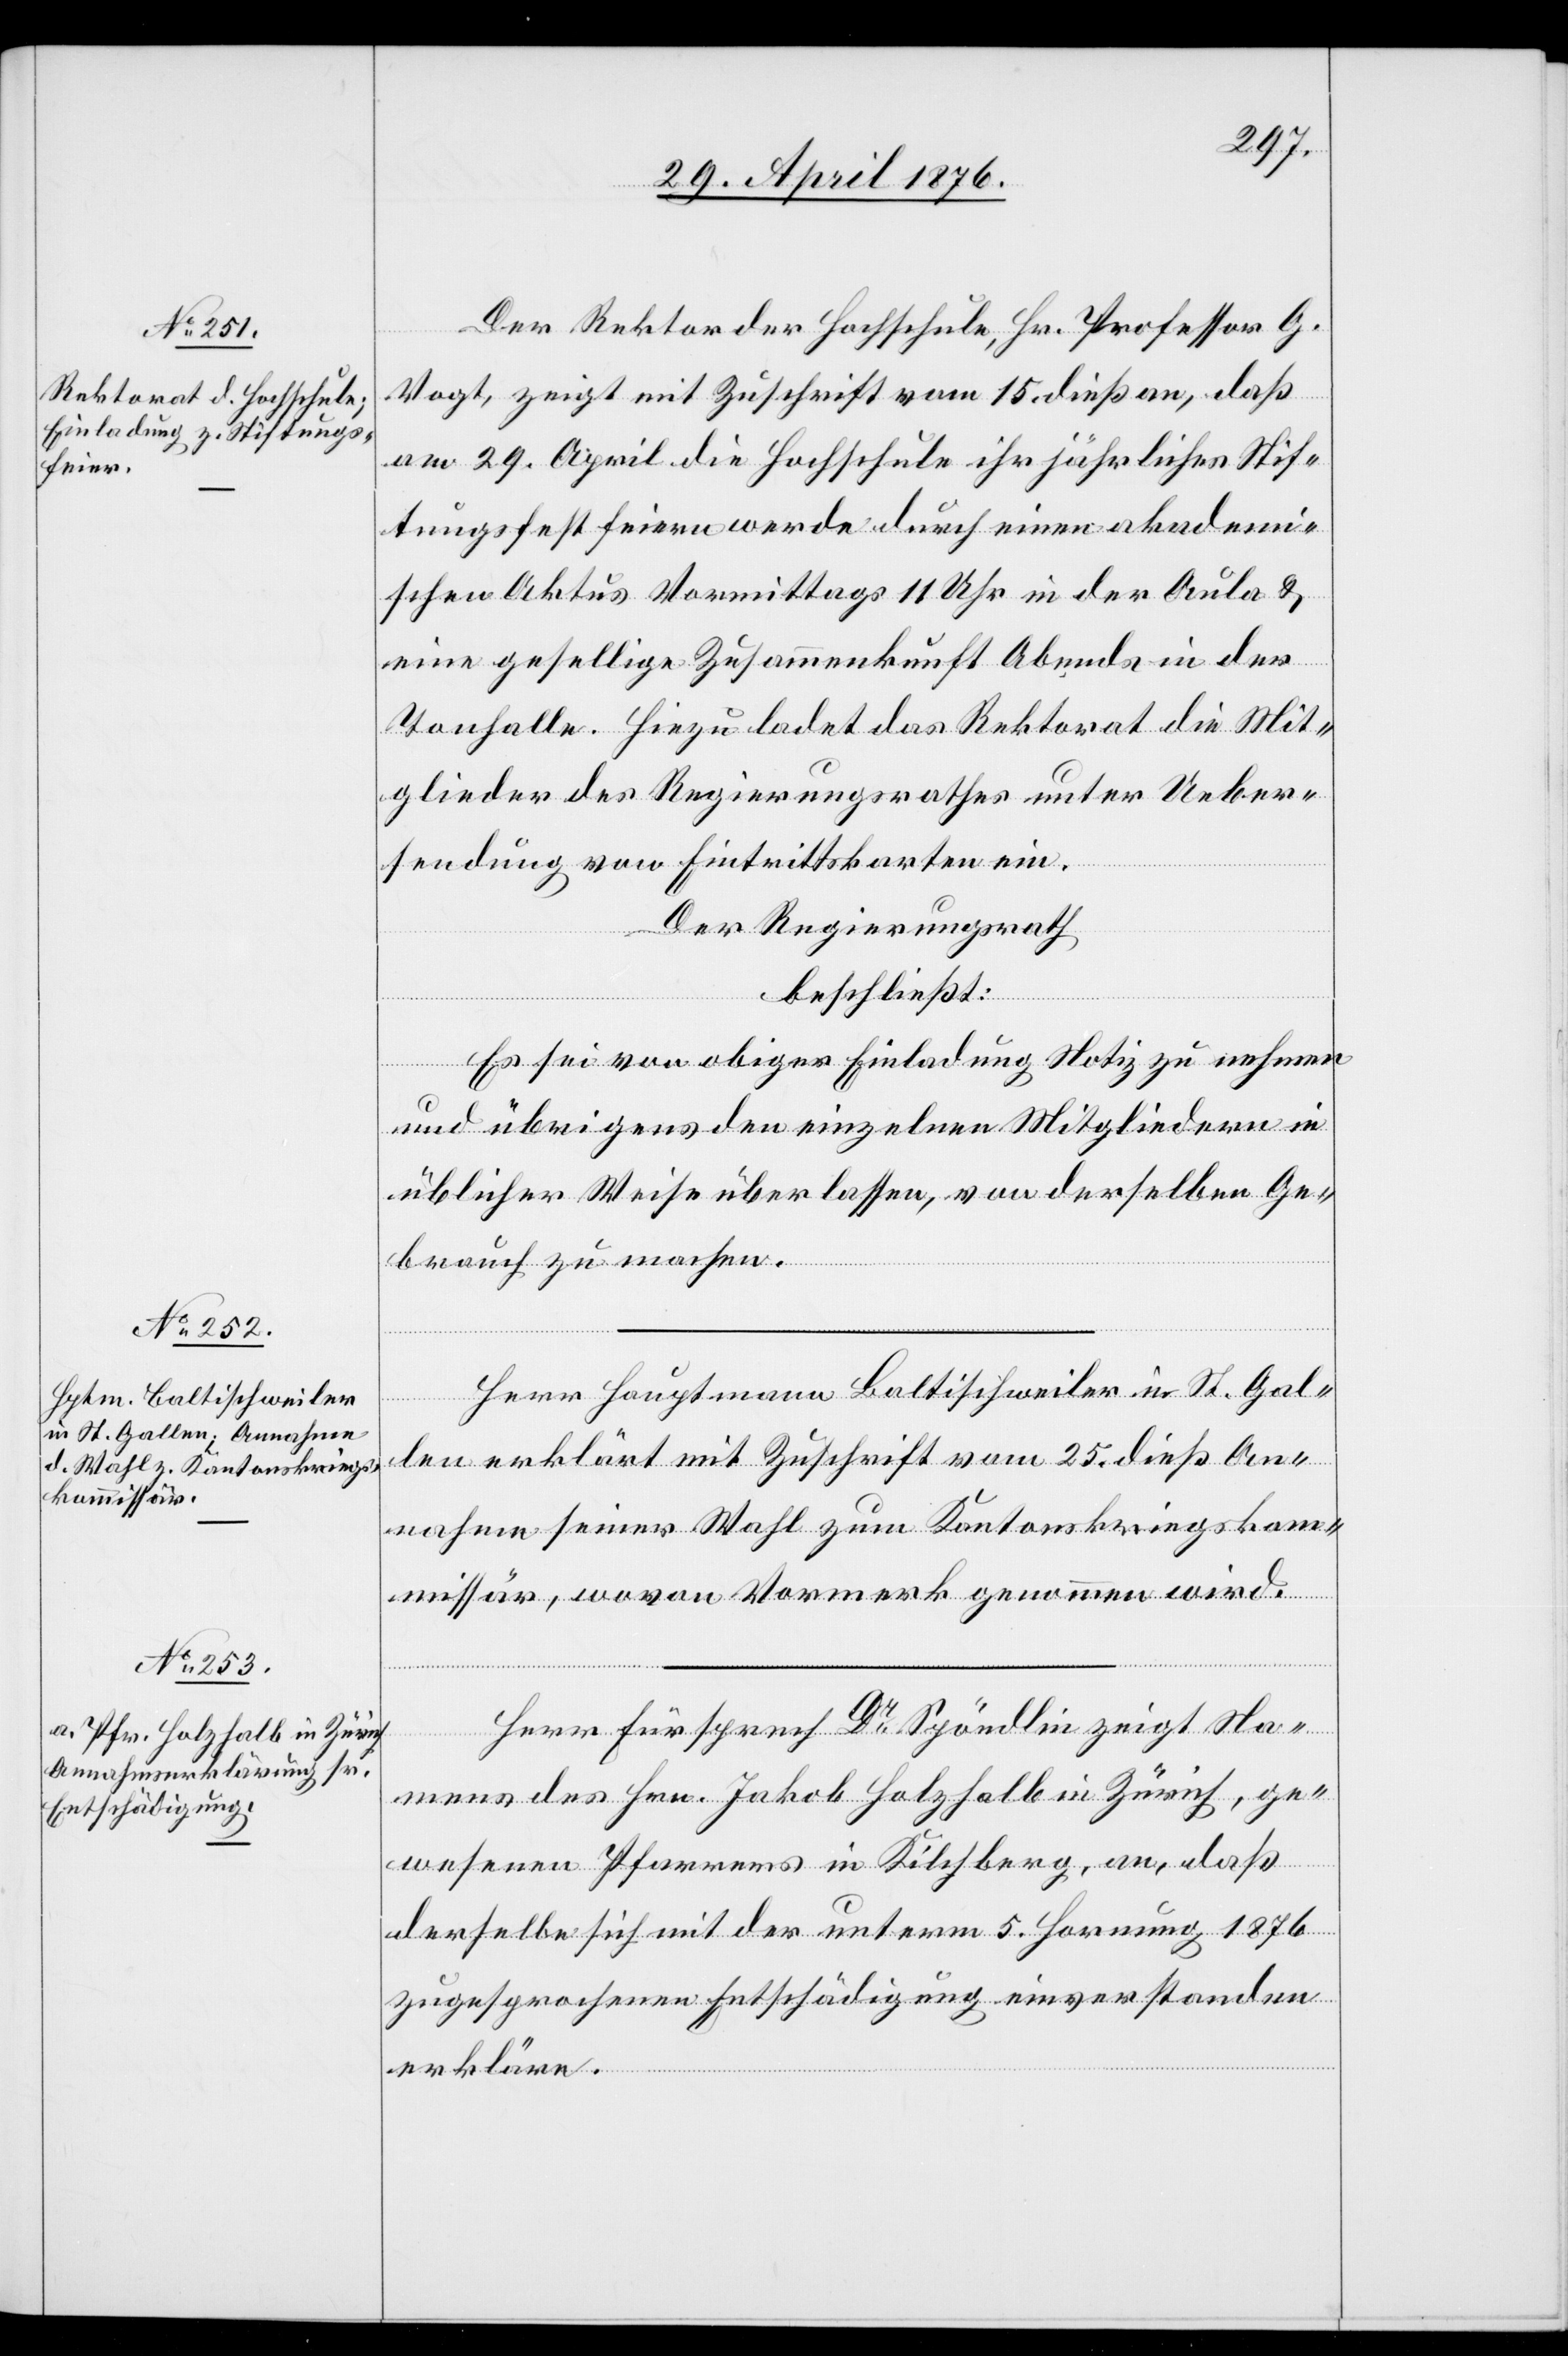
Der Rektor der Hochschule, Hr. Professor G.
Vogt, zeigt mit Zuschrift vom 15. dieß an, daß
am 29. April die Hochschule ihr jährliches Stif¬
tungsfest feiern werde durch einen akademi¬
schen Aktus Vormittags 11 Uhr in der Aula &
eine gesellige Zusammenkunft Abends in der
Tonhalle. Hiezu ladet das Rektorat die Mit¬
glieder des Regierungsrathes unter Ueber¬
sendung von Eintrittskarten ein.
Der Regierungsrath
beschließt:
Es sei von obiger Einladung Notiz zu nehmen
und übrigens den einzelnen Mitgliedern in
üblicher Weise überlassen, von derselben Ge¬
brauch zu machen.
Herr Hauptmann Baltischweiler in St. Gal¬
len erklärt mit Zuschrift vom 25. dieß An¬
nahme seiner Wahl zu Kantonskriegskom¬
missär, wovon Vormerk genommen wird.
Herr Fürsprech Dr Spöndlin zeigt Na¬
mens des Hrn. Jakob Holzhalb in Zürich, ge¬
wesenen Pfarrers in Kilchberg, an, daß
derselbe sich mit der unterm 5. Hornung 1876
zugesprochenen Entschädigung einverstanden
erkläre.